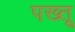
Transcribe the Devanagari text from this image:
पख्तू